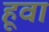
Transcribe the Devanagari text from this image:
हूवा